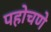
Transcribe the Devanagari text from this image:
पहोचणे